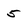
Character: 5